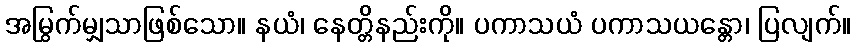
အမြွက်မျှသာဖြစ်သော။ နယံ၊ နေတ္တိနည်းကို။ ပကာသယံ ပကာသယန္တော၊ ပြလျက်။